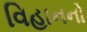
વિહાનનો